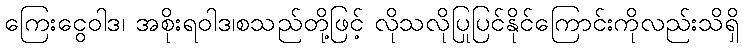
ကြေးငွေဝါဒ၊ အစိုးရဝါဒ၊စသည်တို့ဖြင့် လိုသလိုပြုပြင်နိုင်ကြောင်းကိုလည်းသိရှိ